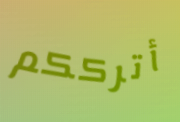
أترككم